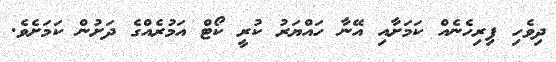
ދިވެހި ފިރިހެނެއް ކަމަށާއި އޭނާ ހައްޔަރު ކުރީ ކޯޓް އަމުރެއްގެ ދަށުން ކަމަށެވެ.